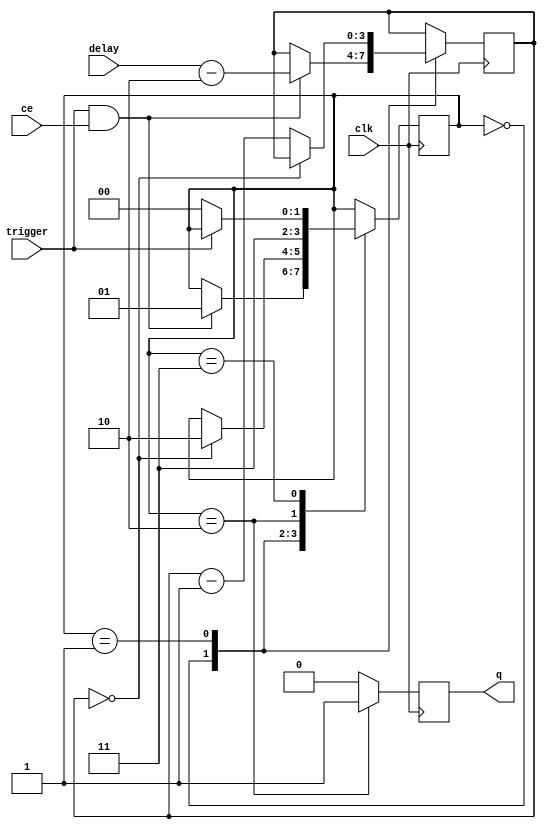
module delay_generator_no_retrigger(
		input wire clk,
		input wire [DelayWidth-1:0] delay, 
		input wire trigger,
		output reg q = 1'b0,
		input wire ce
	 );
	 
parameter DelayWidth = 4;
parameter [DelayWidth-1:0] Null = 0;

reg waiting = 1'b0;
reg [1:0] state = 2'h0;
reg [DelayWidth-1:0] timer = Null;

always @(posedge clk) begin
	q <= 1'b0;       // default if not overwritten
	case (state)
		2'h0: if (trigger & ce) begin
				state <= 2'h1;
				timer[DelayWidth-1:0] <= delay[DelayWidth-1:0]-2'h2;
			end
		2'h1: if (timer==Null) 
				state <= 2'h2;
			else 
				timer[DelayWidth-1:0] <= timer[DelayWidth-1:0]-1'h1;
		2'h2: begin
				state <= 2'h3;
				q <= 1'b1;
			end
		2'h3: begin
				q <= 1'b0;
				if (~trigger) state <= 1'h0;
			end
	endcase
end


endmodule